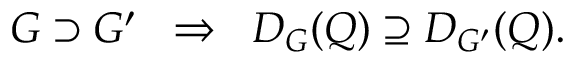
G \supset G ^ { \prime } \; \; \Rightarrow \; \; D _ { G } ( Q ) \supseteq D _ { G ^ { \prime } } ( Q ) .